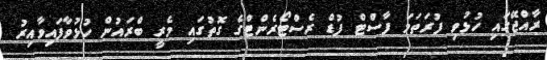
ރާއްޖޭގައި ހުޅުވި ފުރަތަމަ ފާސްޓް ފުޑް ރެސްޓޯރެންޓްގެ ގޮތުގައި މެރީ ބްރައުން ހުޅުވާފައިވާއިރު